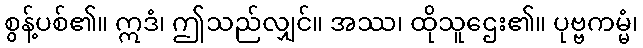
စွန့်ပစ်၏။ ဣဒံ၊ ဤသည်လျှင်။ အဿ၊ ထိုသူဌေး၏။ ပုဗ္ဗကမ္မံ၊